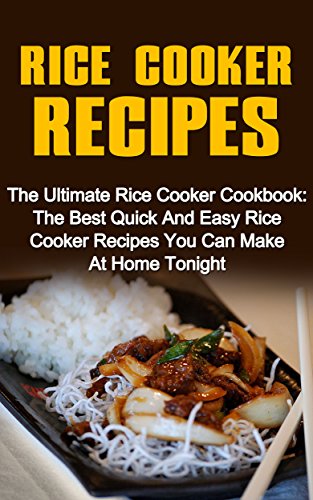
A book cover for Rice Cooker Recipes: The Ultimate Rice Cooker Cookbook: The Best Quick And Easy Rice Cooker Recipes You Can Make At Home Tonight (Rice Cooker Cookbook, ... Recipes, Rice Cookbook, Rice Recipes); Janine Shephard; Cookbooks, Food & Wine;